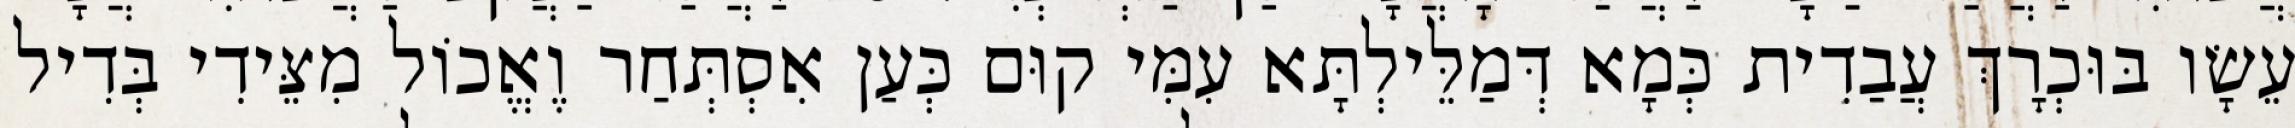
עֵשָׂו בּוּכְרָךְ עֲבַדִית כְּמָא דְּמַלֵּילְתָּא עִמִּי קוּם כְּעַן אִסְתְּחַר וֶאֱכוֹל מִצֵּידִי בְּדִיל